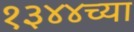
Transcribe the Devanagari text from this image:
१३४४च्या